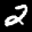
Label: 2